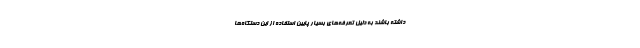
داشته باشند به دلیل تعرفه‌های بسیار پایین استفاده از این دستگاه‌ها